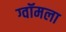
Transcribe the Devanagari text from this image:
ग्वॉमला